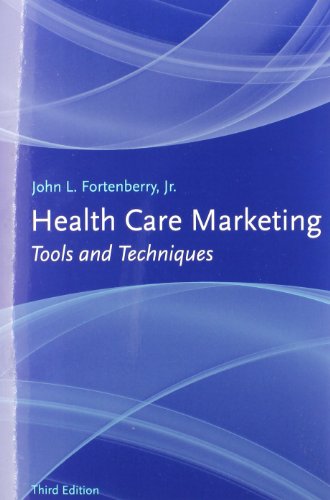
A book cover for Health Care Marketing: Tools And Techniques; John L. Fortenberry Jr.; Law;